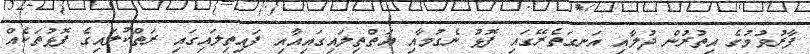
ފާރުވުމުގެ އިތުރުން ދުލާއި އަނގަތެރޭގައި ފޮޅު ނެގުމާއި އަތްތިލައިގައިއާއި ފައިތިލައިގައި ރަތްކުލައިގެ ފޮޅުތަކެއް